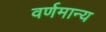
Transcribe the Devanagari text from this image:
वर्णमान्य